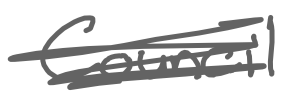
Text: Council
Cross-out: scratch
Writing tool: digital_gray